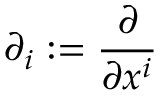
\partial _ { i } : = { \frac { \partial } { \partial x ^ { i } } }